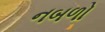
નબળો